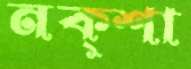
নক্শা